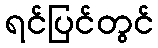
ရင်ပြင်တွင်